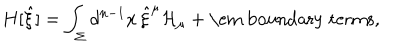
H [ { \hat { \xi } } ] = \int _ { \Sigma } d ^ { n - 1 } x \, { \hat { \xi } } ^ { \mu } { \cal H } _ { \mu } + \mathrm { \em ~ b o u n d a r y ~ t e r m s } ,